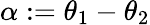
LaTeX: \alpha:=\theta_{1}-\theta_{2}